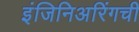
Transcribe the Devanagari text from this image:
इंजिनिअरिंगची